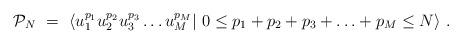
LaTeX: \begin{align*} {\cal P}_{N}\ =\ \langle u_1^{p_1} u_2^{p_2} u_3^{p_3} \ldots u_M^{p_M} \vert \ 0 \le p_1+p_2+p_3+ \ldots +p_M \le N \rangle\ .\end{align*}